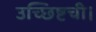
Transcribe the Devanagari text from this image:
उच्छिष्टची।